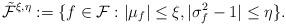
LaTeX: \begin{align*}\tilde{\mathcal{F}}^{\xi, \eta} &:= \{f \in \mathcal{F}:|\mu_f| \leq \xi,|\sigma_f^2-1| \leq \eta\}.\end{align*}